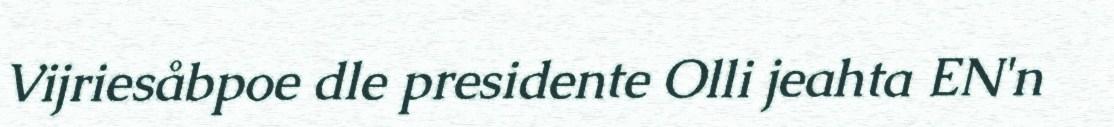
Vijriesåbpoe dle presidente Olli jeahta EN'n